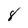
Character: 8